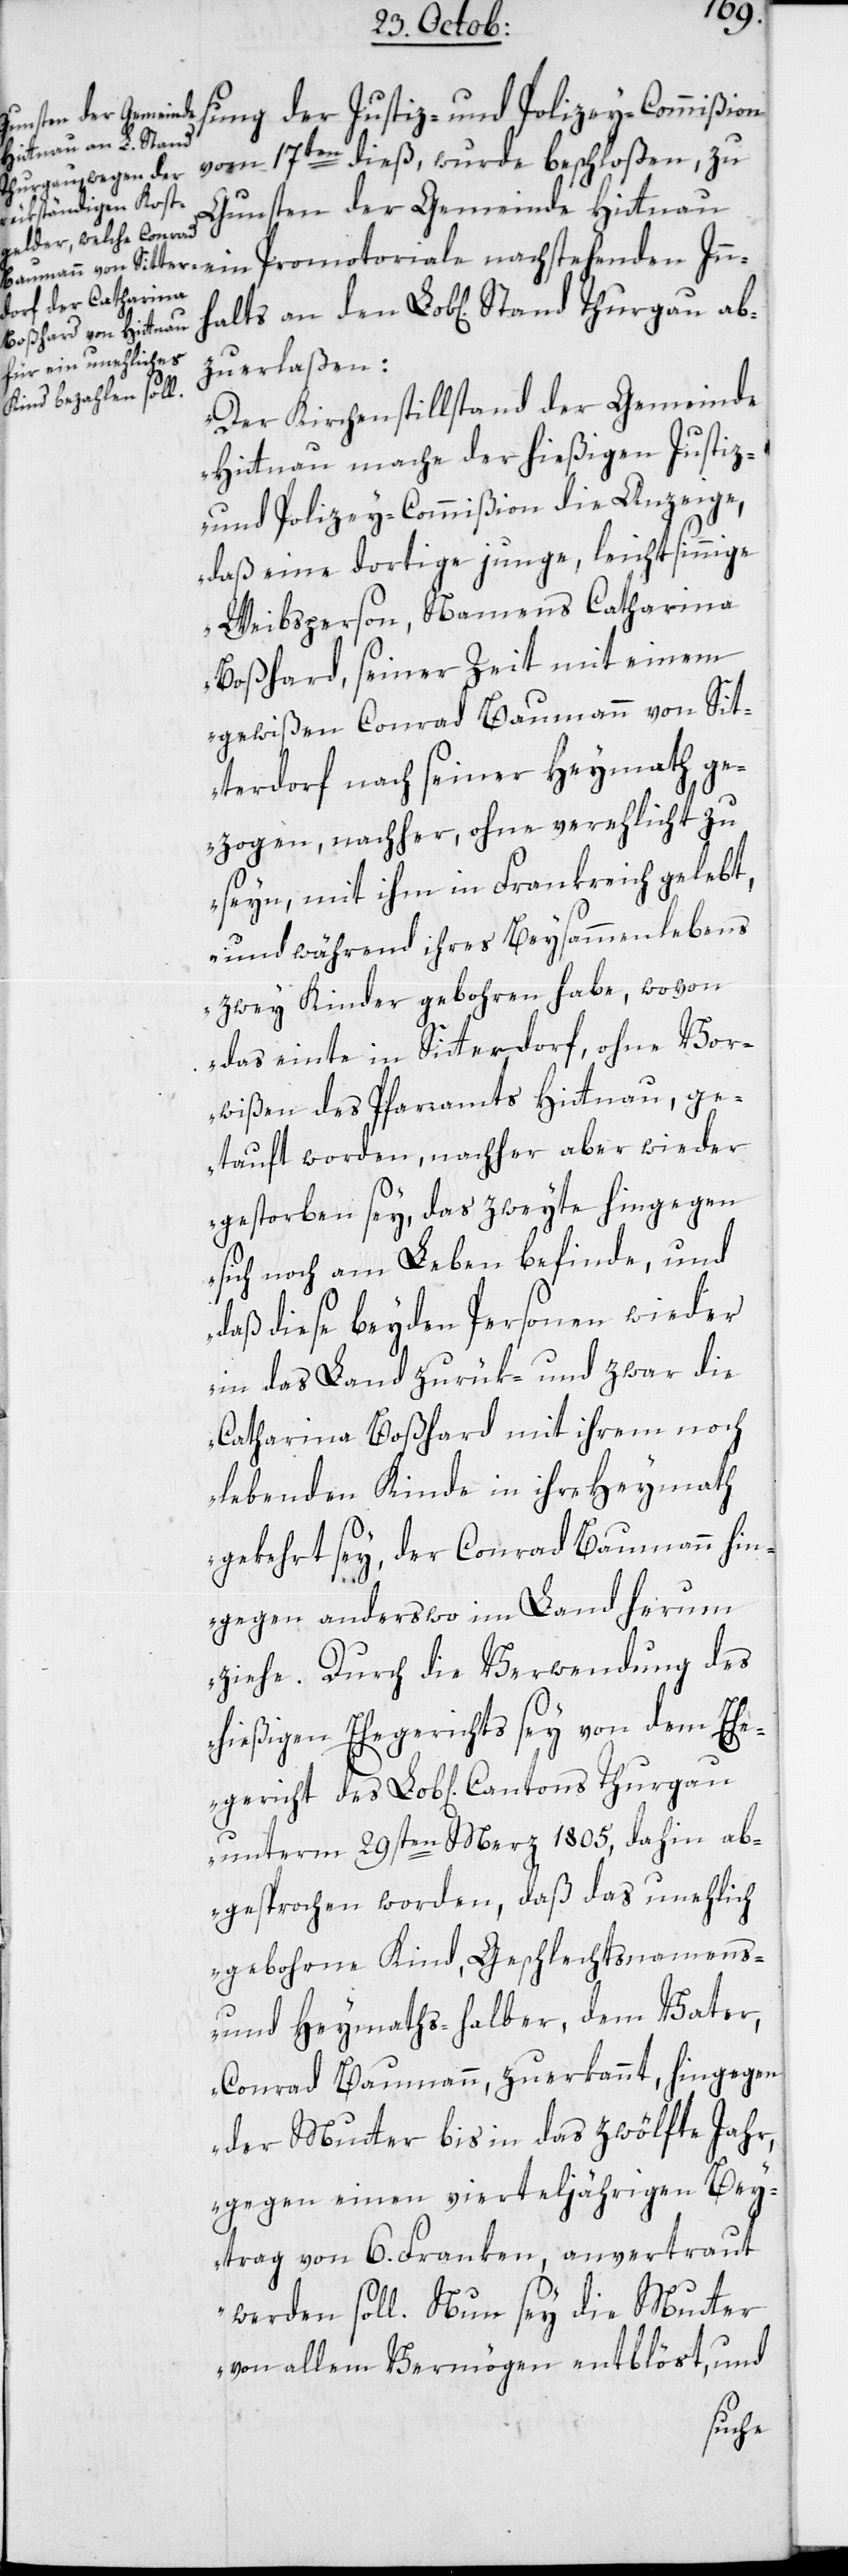
ab¬
Weisung der Justiz- und Polizey-Commißion
vom 17ten dieß, wurde beschloßen, zu
Gunsten der Gemeinde Hittnau
zuerlaßen:
„Der Kirchenstillstand der Gemeine
Hittnau mache der hießigen Justiz-
und Polizey-Commißion die Anzeige,
daß eine dortige junge, leichtsinnige
Weibsperson, Namens Catharina
Boßhard, seiner Zeit mit einem
gewißen Conrad Baumann von Sit¬
terdorf nach seiner Heymath ge¬
zogen, nachher, ohne verehlicht zu
seyn, mit ihm in Frankreich gelebt,
und während ihres Beysammenlebens
zwey Kinder gebohren habe, wovon
das einte in Sitterdorf, ohne Vor¬
wißen des Pfarramts Hittnau, ge¬
tauft worden, nachher aber wieder
gestorben sey, das andere hingegen
sich noch am Leben befinde, und
daß diese beyden Personen wieder
in das Land zurük- und zwar die
Catharina Boßhard mit ihrem noch
lebenden Kinde in ihre Heymath
gekehrt sey, der Conrad Baumann hin¬
gegen anderswo im Land herum
ziehe. Durch die Verwendung des
hießigen Ehegerichts sey von dem Eheg¬
unterm 29sten März 1805, dahin ab¬
gesprochen worden, daß das unehlich
geborne Kind, Geschlechtsnamens-
und Heymaths-halber, dem Vater,
Conrad Baumann zuerkannt, hingegen
der Mutter bis in das zwölfte Jahr,
gegen einen vierteljährigen Bey¬
trag von 6. Franken, anvertraut
werden soll. Nun sey die Mutter
von allem Vermögen entblöst, und
ericht